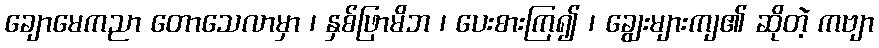
ချောမေကညာ တောသေလာမှာ ၊ နှစ်ဖြာမိဘ ၊ ပေးစားကြ၍ ၊ ချွေးများကျ၏ ဆိုတဲ့ ကဗျာ